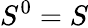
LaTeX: S^{0}=S